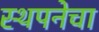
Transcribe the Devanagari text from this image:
स्थपनेचा